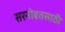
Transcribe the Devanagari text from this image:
सरनोबतसाठी